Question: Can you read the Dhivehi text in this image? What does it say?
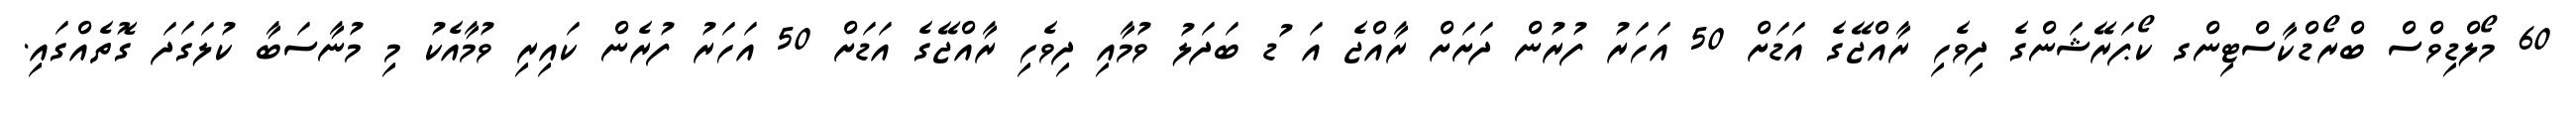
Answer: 60 މޯލްޑިވްސް ބްރޯޑްކާސްޓިންގ ކޯޕަރޭޝަންގެ ދިވެހި ރާއްޖޭގެ އަޑަށް 50 އަހަރު ފުރުން ދަށަށް ރާއްޖެ އަ ުޑ ބަދަލު ވުމާއި ދިވެހި ރާއްޖޭގެ އަޑަށް 50 އަހަރު ފުރެން ކައިރި ވުމާއެކު މި މުނާސަބާ ކުލަގަދަ ގޮތެއްގައި.